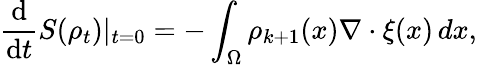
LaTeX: \frac{\mathrm{d}}{\mathrm{d}t}S(\rho_{t})|_{t=0}=-\int_{\Omega}\rho_{k+1}(x)\nabla\cdot\xi(x)\, dx,